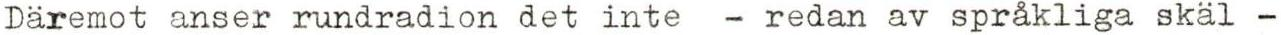
Däremot anser rundradion det inte - redan av språkliga skäl -